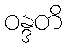
ဝန္ဒတိ